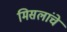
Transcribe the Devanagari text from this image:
मिसलांचे